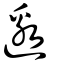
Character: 邀